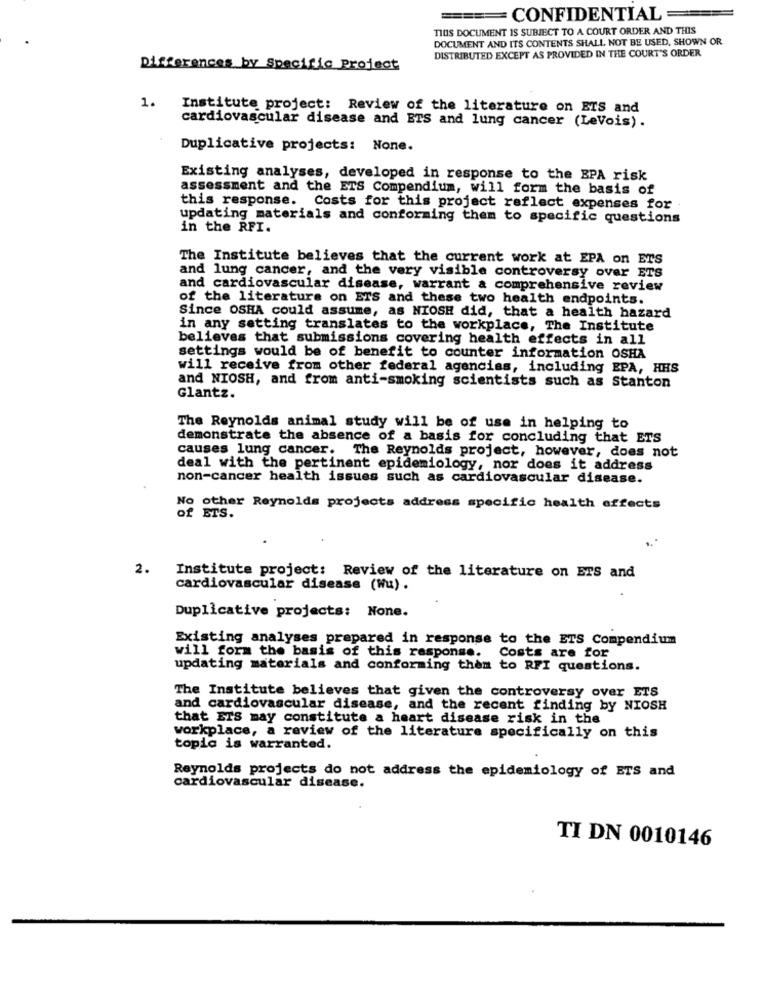
===== CONFIDENTIAL =
TIUS DOCUMENT IS SUBJECT TO A COURT ORDER AND THIS
DOCUMENT AND ITS CONTENTS SHALL NOT BE USED, SHOWN OR
DISTRIBUTED EXCEPT AS PROVIDED IN THE COURT'S ORDER
Differences by Specific Project
1.
Institute project: Review of the literature on ETS and
cardiovascular disease and ETS and lung cancer (LeVois).
Duplicative projects: None.
Existing analyses, developed in response to the BPA risk
assessment and the ETS Compendium, will form the basis of
this response. Costs for this project reflect expenses for
updating materials and conforming them to specific questions
in the RFI.
The Institute believes that the current work at EPA on ETS
and lung cancer, and the very visible controversy over ETS
and cardiovascular disease, warrant a comprehensive review
of the literature on ETS and these two health endpoints.
Since OSHA could assume, as NIOSH did, that a health hazard
in any setting translates to the workplace, The Institute
believes that submissions covering health effects in all
settings would be of benefit to counter information OSHA
will receive from other federal agencies, including EPA, HHS
and NIOSH, and from anti-smoking scientists such as Stanton
Glantz.
The Reynolds animal study will be of use in helping to
demonstrate the absence of a basis for concluding that ETS
causes lung cancer. The Reynolds project, however, does not
deal with the pertinent epidemiology, nor does it address
non-cancer health issues such as cardiovascular disease.
No other Reynolds projects address specific health effects
of ETS.
2.
Institute project: Review of the literature on ETS and
cardiovascular disease (Wu) .
Duplicative projects: None.
Existing analyses prepared in response to the ETS Compendium
will form the basis of this response.
Costs are for
updating materials and conforming them to RFI questions.
The Institute believes that given the controversy over ETS
and cardiovascular disease, and the recent finding by NIOSH
that ETS may constitute a heart disease risk in the
workplace, a review of the literature specifically on this
topic is warranted.
Reynolds projects do not address the epidemiology of ETS and
cardiovascular disease.
TI DN 0010146